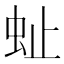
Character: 𧉀